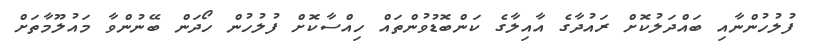
ފުލުހުންނާއި ބައްދަލުކޮށް ރައުދާގެ އާއިލާގެ ކަންބޮޑުވުންތައް ހިއްސާކޮށް ފުލުހުން ހޯދަން ބޭނުންވާ މައުލޫމާތަށް